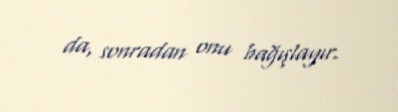
da, sonradan onu bağışlayır.